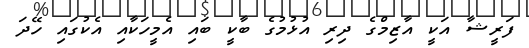
ފަރީޝާ އަކީ އާޒިމްގެ ދިރި އުޅުމުގެ ބާކީ ބައި އެމީހަކާއި އެކުގައި ހޭދަ